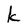
Character: k